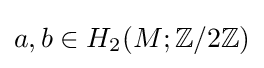
a,b\in H_{2}(M;\mathbb {Z} /2\mathbb {Z} )